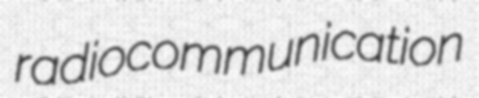
radiocommunication